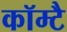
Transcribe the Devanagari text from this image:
कॉम्टै